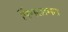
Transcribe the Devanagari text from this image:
पिंगलामत